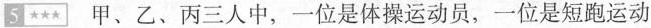
5 甲、乙、丙三人中，一位是体操运动员，一位是短跑运动